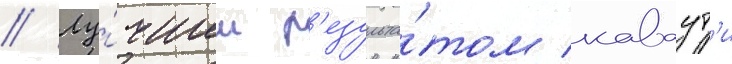
// Лу́чшим р'езульта́том каваут'и